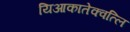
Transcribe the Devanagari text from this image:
यिआकातेक्वत्लि